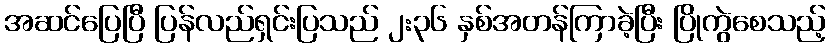
အဆင်ပြေပြီ ပြန်လည်ရှင်းပြသည် ၂:၃၆ နှစ်အတန်ကြာခဲ့ပြီး ပြိုကွဲစေသည့်